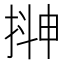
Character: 𭡮